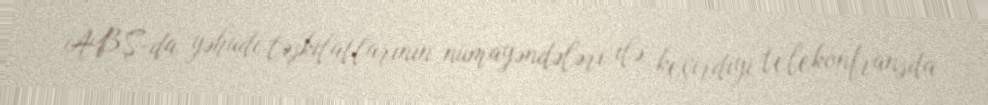
ABŞ-da yəhudi təşkilatlarının nümayəndələri ilə keçirdiyi telekonfransda